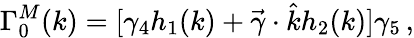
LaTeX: \Gamma_{0}^{M}(k)=[\gamma_{4}h_{1}(k)+\vec{\gamma}\cdot\hat{k}h_{2}(k)]\gamma_{5}\, ,